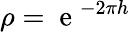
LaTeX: \rho=\mathrm{~e~}^{-2\pi h}